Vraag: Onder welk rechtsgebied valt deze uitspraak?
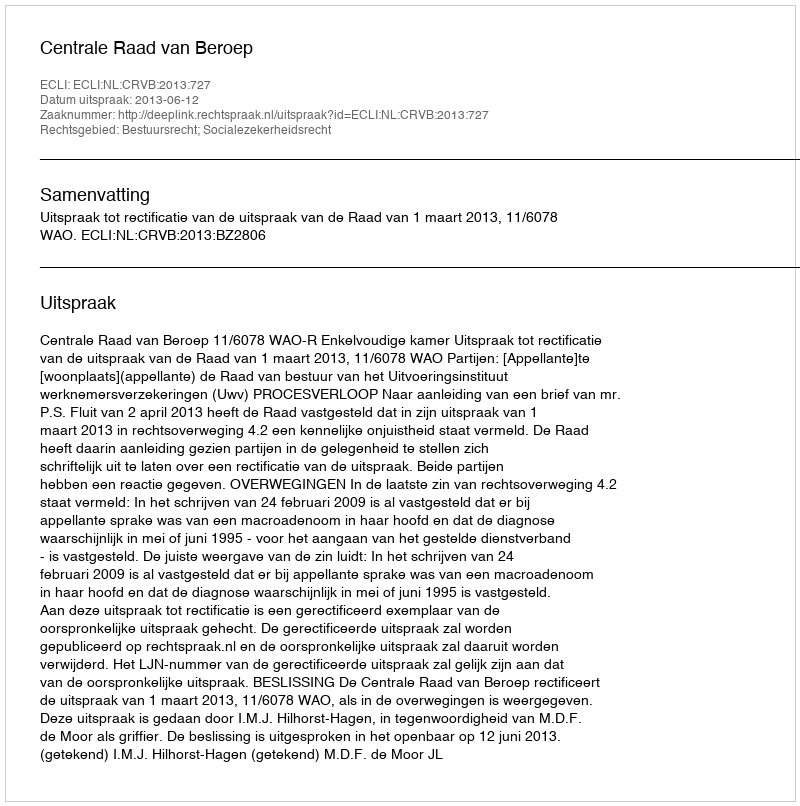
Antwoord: Bestuursrecht; Socialezekerheidsrecht